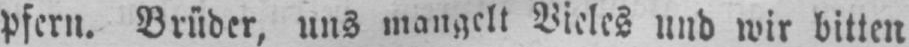
pfern. Brüder, uns mangelt Vieles und wir bitten